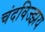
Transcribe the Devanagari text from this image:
चंदविज्झय